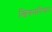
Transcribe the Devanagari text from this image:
खियमनिंगान